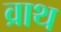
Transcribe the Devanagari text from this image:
व्राथ